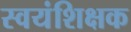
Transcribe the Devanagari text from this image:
स्वयंशिक्षक